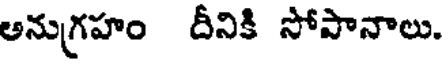
అనుగ్రహం దీనికి సోపానాలు.